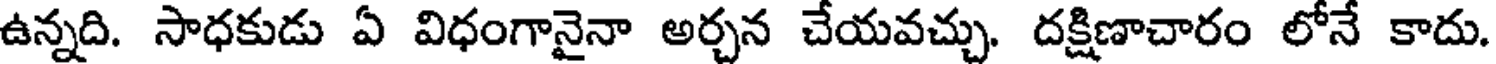
ఉన్నది. సాధకుడు ఏ విధంగానైనా అర్చన చేయవచ్చు. దక్షిణాచారం లోనే కాదు.